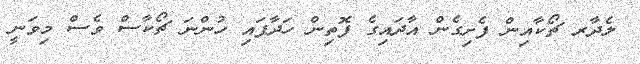
ލެދާރ ޗޯކާއިން ފެށިގެން އާދައިގެ ފޮތިން ހަދާފައި ހުންނަ ޗޯކާސް ވެސް މިވަނީ